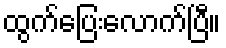
ထွက်ပြေးလောက်ပြီ။